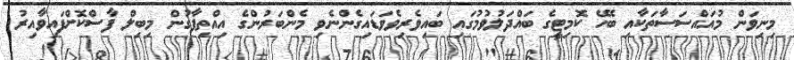
މިނިވަން މުއައްސަސާތަކާއި ބެހޭ ކޮމިޓީގެ ބައްދަލުވުމުގައި ބައިވެރިވެވަޑައިގެންނެވި މެންބަރުންގެ އިއްތިފާގުން މިބިލް ފާސްކޮށްފައިވާއިރު